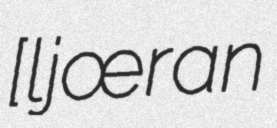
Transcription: [lɑːʂˈjœ̂ːran